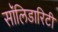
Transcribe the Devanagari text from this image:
सॉलिडारिटी